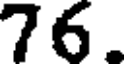
76.